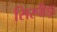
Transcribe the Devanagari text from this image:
सिरपीड़ा